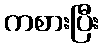
ကစားပြီး